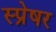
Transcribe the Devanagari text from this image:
स्प्रेषर